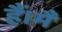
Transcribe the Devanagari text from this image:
हैं।मैं